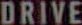
DRIVE